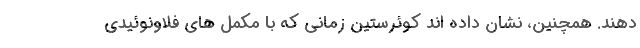
دهند. همچنین، نشان داده اند کوئرستین زمانی که با مکمل های فلاونوئیدی